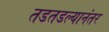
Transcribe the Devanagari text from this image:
तडतडल्यानंतर